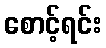
စောင့်ရင်း